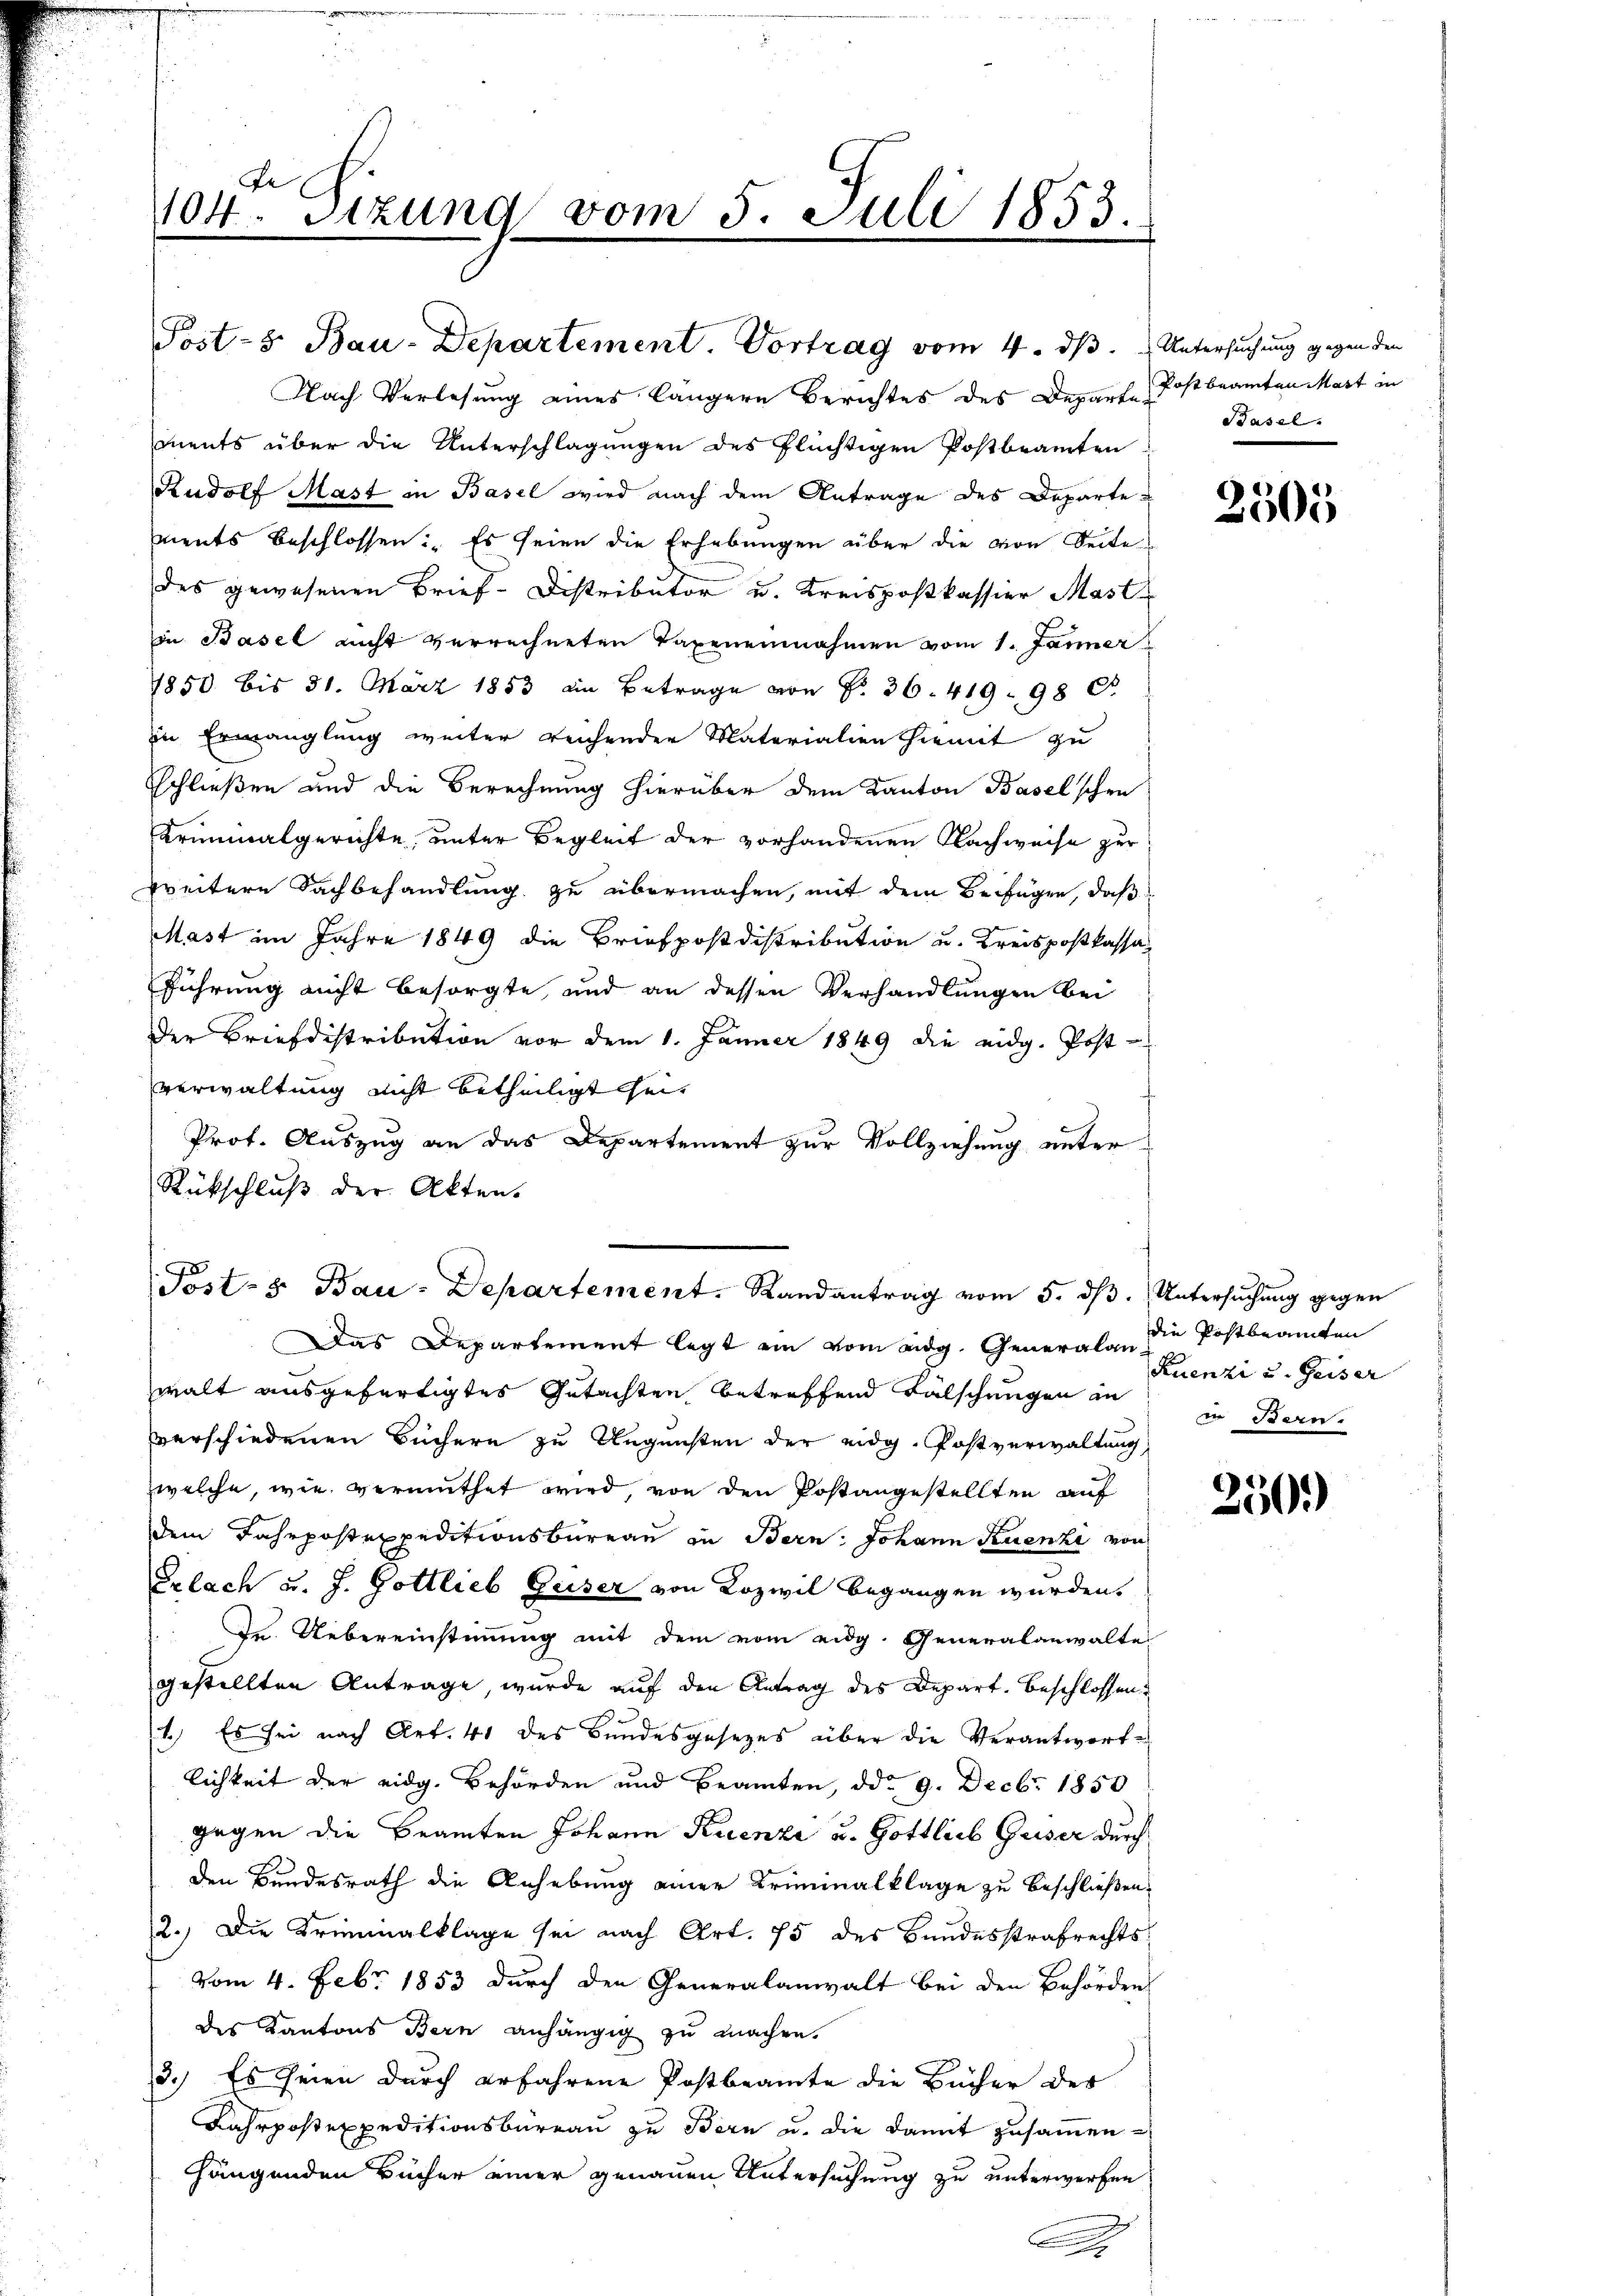
Fe
104. Sitzung vom 5. Juli 1853.

Post- & Bau-Departement. Vortrag vom 4. dβ.
Nach Verlesung eines längere Berichtes des Departe Postbeamten Mart in
mnents über die Unterschlagungen des Flüchtigen Postbeamten
Rudolf Mast in Basel wird nach dem Antrage des Departe
ments beschlossen. Es seien die Erhebungen über die von Seite
des gewesenen Brief-Distributor u. Kreispostkassier Mast
in Basel nicht verrechneten Taxeneinnahmen vom 1. Jänner
1850 bis 31. März 1853 in Betrage von Fr. 36. 419 98 d
in Ermanglung weiter reichender Materialien hiemit zu
sschließen und die Berechnung hierüber dem Kanton Baselschen
Kriminalgerichte, unter Begleit der vorhandenen Nachweise zur
weitere Sachbehandlung zu übermachen, mit dem Beifügen, daß
Mast im Jahre 1849 die Briefpostdistribution u. Kreispostkassa
Führung nicht besorgte, und an dessen Verhandlungen bei
Der Briefdistribution vor dem 1. Jänner 1849 die eidg. Post-
verwaltung nicht betheiligt heit
Prot. Auszug an das Departement zur Vollziehung unter
Rückschluß der Akten.
Das Departement legt ein vom eidg. Generalen die Postbeamten
walt ausgefertigtes Gutachten betreffend Fälschungen an
verschiedenen Büchern zu Augensten der eidg. Postverwaltung
welche, wie vermuthet wird, von den Postangestellten auf
dem Fahrpostexpeditionsbüreau in Bern: Johann Kuenzi von
Erlach u. J. Gottlieb Geiser von Rozivil begangen würden.
Dr. Uebereinstimmung mit dem vom eidg. Generalanwalte
gestellten Antrage, wurde auf den Antrag des Depart. Beschlossen:
1.) Es sei nach Art. 41 des Bundesgesezes über die Verantwortlichkeit der eidg. Behörden und Beamten, ddo 9. Decbr 1850
gegen die Beamten Johann Ruenze u. Gottlieb Guser durch
den Bundesrath die Anhebung einer Kriminalklage zu beschließen.
2.) Die Kriminalklage sei nach Art. 75 des Bundesstrafrechtsvom 4. Febr 1853 durch den Generalanwalt bei den Behörden
des Kantons Bern anhängig zu machen.
3.) Es seien durch erfahrene Postbeamte die Bücher der
Fahrpostexpeditionsbüreau zu Bern u. die damit zusammen
hängenden Bücher einer genauen Untersuchung zu unterwerfen

Post- & Bau-Departement. Randantrag vom 5. dβ. Untersuchung gegen

Untersuchung gegen den
Basel.

2505

Kuenzi u. Geiser
in Bern.

250)